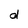
Character: d